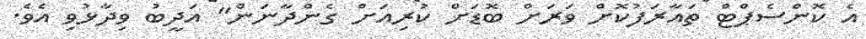
އެ ކޮންސެޕްޓް ތައާރަފުކޮށް ވަރަށް ބޮޑަށް ކުރިއަށް ގެންދާނަން" އަދީބު ވިދާޅުވި އެވެ.